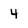
Character: 4